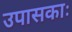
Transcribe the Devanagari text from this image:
उपासकाः